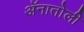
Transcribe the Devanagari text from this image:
ॲनातोली